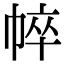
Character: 𢃒